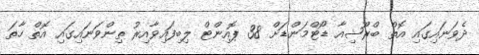
ދެވަނައިގައި އޮތް ބްރޫޝިއާ ޑޯޓްމަންޑަށް 38 ޕޮއިންޓް ލިބިފައިވާއިރު ތިންވަނައިގައި އޮތް ހާތަ